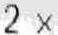
2 X